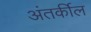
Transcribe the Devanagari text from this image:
अंतर्कील